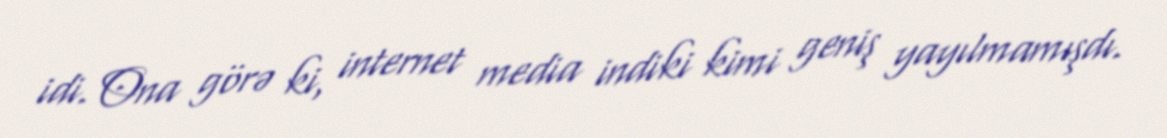
idi. Ona görə ki, internet media indiki kimi geniş yayılmamışdı.